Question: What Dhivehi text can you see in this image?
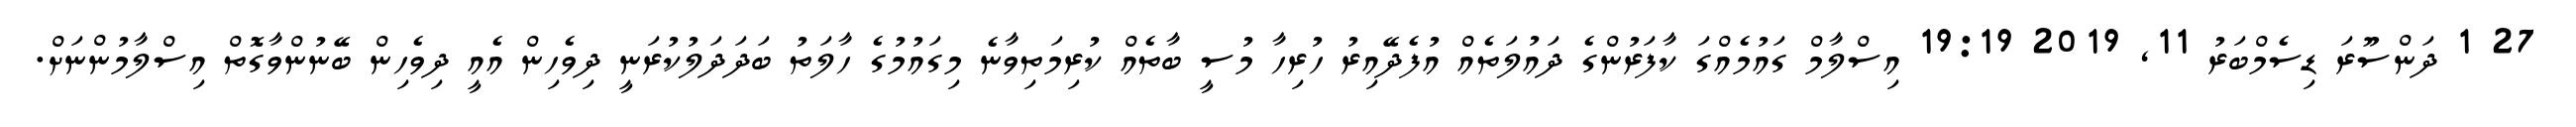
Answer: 27 1 ދަންސޫރަ ޑިސެމްބަރު 11, 2019 19:19 އިސްލާމް ގައުމެއްގަ ކާފަރުންގެ ދައުލަތެއް އުފެދޭއިރު ހުރިހާ މުސީ ބާތެއް ކުރިމަތިވާނެ މިގައުމުގެ ހާލަތު ބަދަދަލުކުރަނީ ދިވެހިން އެއީ ދިވެހިން ބޭނުންވާގޮތް އިސްލާމުންނަށް.